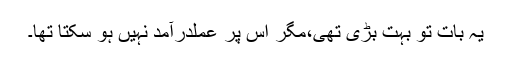
یہ بات تو بہت بڑی تھی،مگر اس پر عملدرآمد نہیں ہو سکتا تھا۔